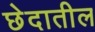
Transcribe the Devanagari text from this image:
छेदातील